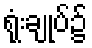
ရုံးချုပ်၌